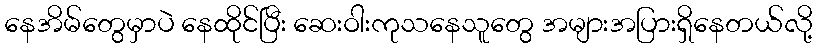
နေအိမ်တွေမှာပဲ နေထိုင်ပြီး ဆေးဝါးကုသနေသူတွေ အများအပြားရှိနေတယ်လို့